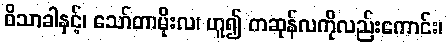
ဝိသာခါနှင့်၊ သော်တာမိုးလ၊ ဟူ၍ ကဆုန်လကိုလည်းကောင်း၊